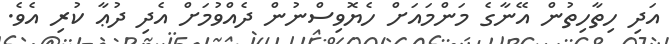
އަދި ހިތާހިތުން އޭނާގެ މަންމައަށް ހެޔޮވިސްނުން ދެއްވުމަށް އެދި ދުޢާ ކުރި އެވެ.